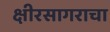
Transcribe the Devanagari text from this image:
क्षीरसागराचा